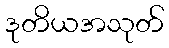
ဒုတိယအသုတ်